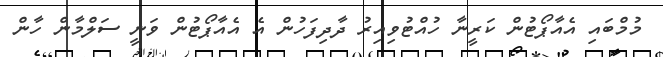
މުމްބައި އެއާޕޯޓުން ކަރީނާ ހުއްޓުވިއިރު ދާދިފަހުން އެ އެއާޕޯޓުން ވަނީ ސަލްމާން ހާން